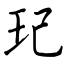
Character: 玘